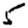
Digit: 5